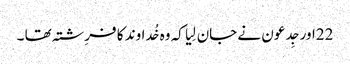
22اور جِدعو ن نے جان لِیا کہ وہ خُداوند کا فرِشتہ تھا ۔